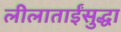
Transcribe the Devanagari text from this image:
लीलाताईंसुद्धा